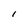
Character: l